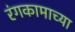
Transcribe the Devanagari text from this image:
रंगकामाच्या